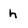
Character: h